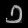
Digit: ၁